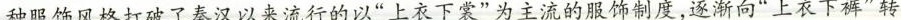
种服饰风格打破了秦汉以来流行的以”上衣下裳”为主流的服饰制度，逐渐向”上衣下裤”转